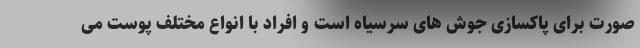
صورت برای پاکسازی جوش های سرسیاه است و افراد با انواع مختلف پوست می